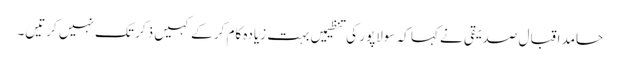
حامد اقبال صدیقی نے کہا کہ سولاپور کی تنظیمیں بہت زیادہ کام کر کے کہیں ذکر تک نہیں کرتیں۔